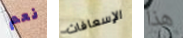
نعم الإسعافات هذا